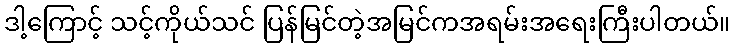
ဒါ့ကြောင့် သင့်ကိုယ်သင် ပြန်မြင်တဲ့အမြင်ကအရမ်းအရေးကြီးပါတယ်။